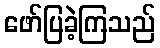
ဖော်ပြခဲ့ကြသည်